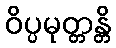
ဝိပ္ပမုတ္တန္တိ